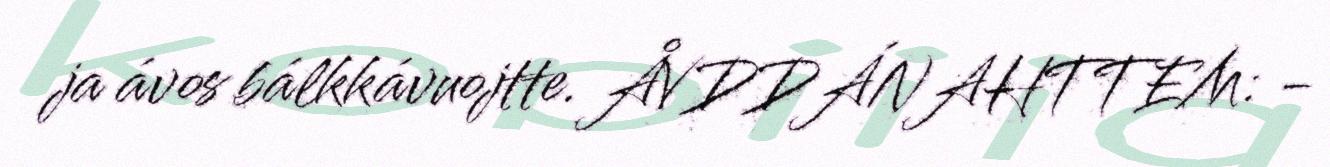
ja ávos bálkkávuojtte. ÅVDDÁNAHTTEM: -